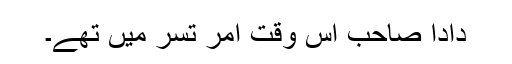
دادا صاحب اس وقت امر تسر میں تھے۔